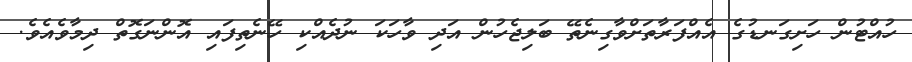
ހުއްޓުން ހަށިގަނޑުގެ އެއްފަރާތަށްވާގިނެތޭ ބަލިޖެހުން އަދި ވާހަކަ ނުދެއްކި ހޭނެތިފައި އޮންނަގޮތް ދިމާވެއެވެ.